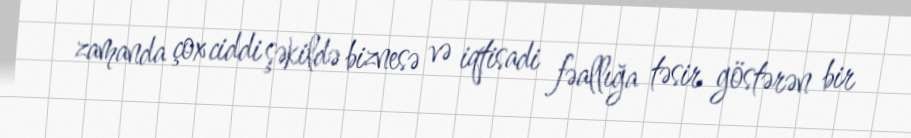
zamanda çox ciddi şəkildə biznesə və iqtisadi fəallığa təsir göstərən bir